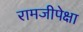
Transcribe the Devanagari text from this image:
रामजीपेक्षा